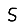
Digit: 5